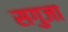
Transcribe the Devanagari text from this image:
सगुजा